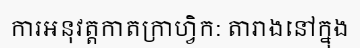
ការអនុវត្តកាតក្រាហ្វិក: តារាងនៅក្នុង